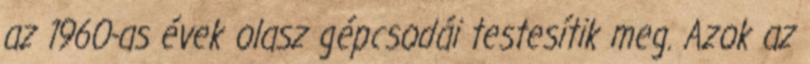
az 1960-as évek olasz gépcsodái testesítik meg. Azok az